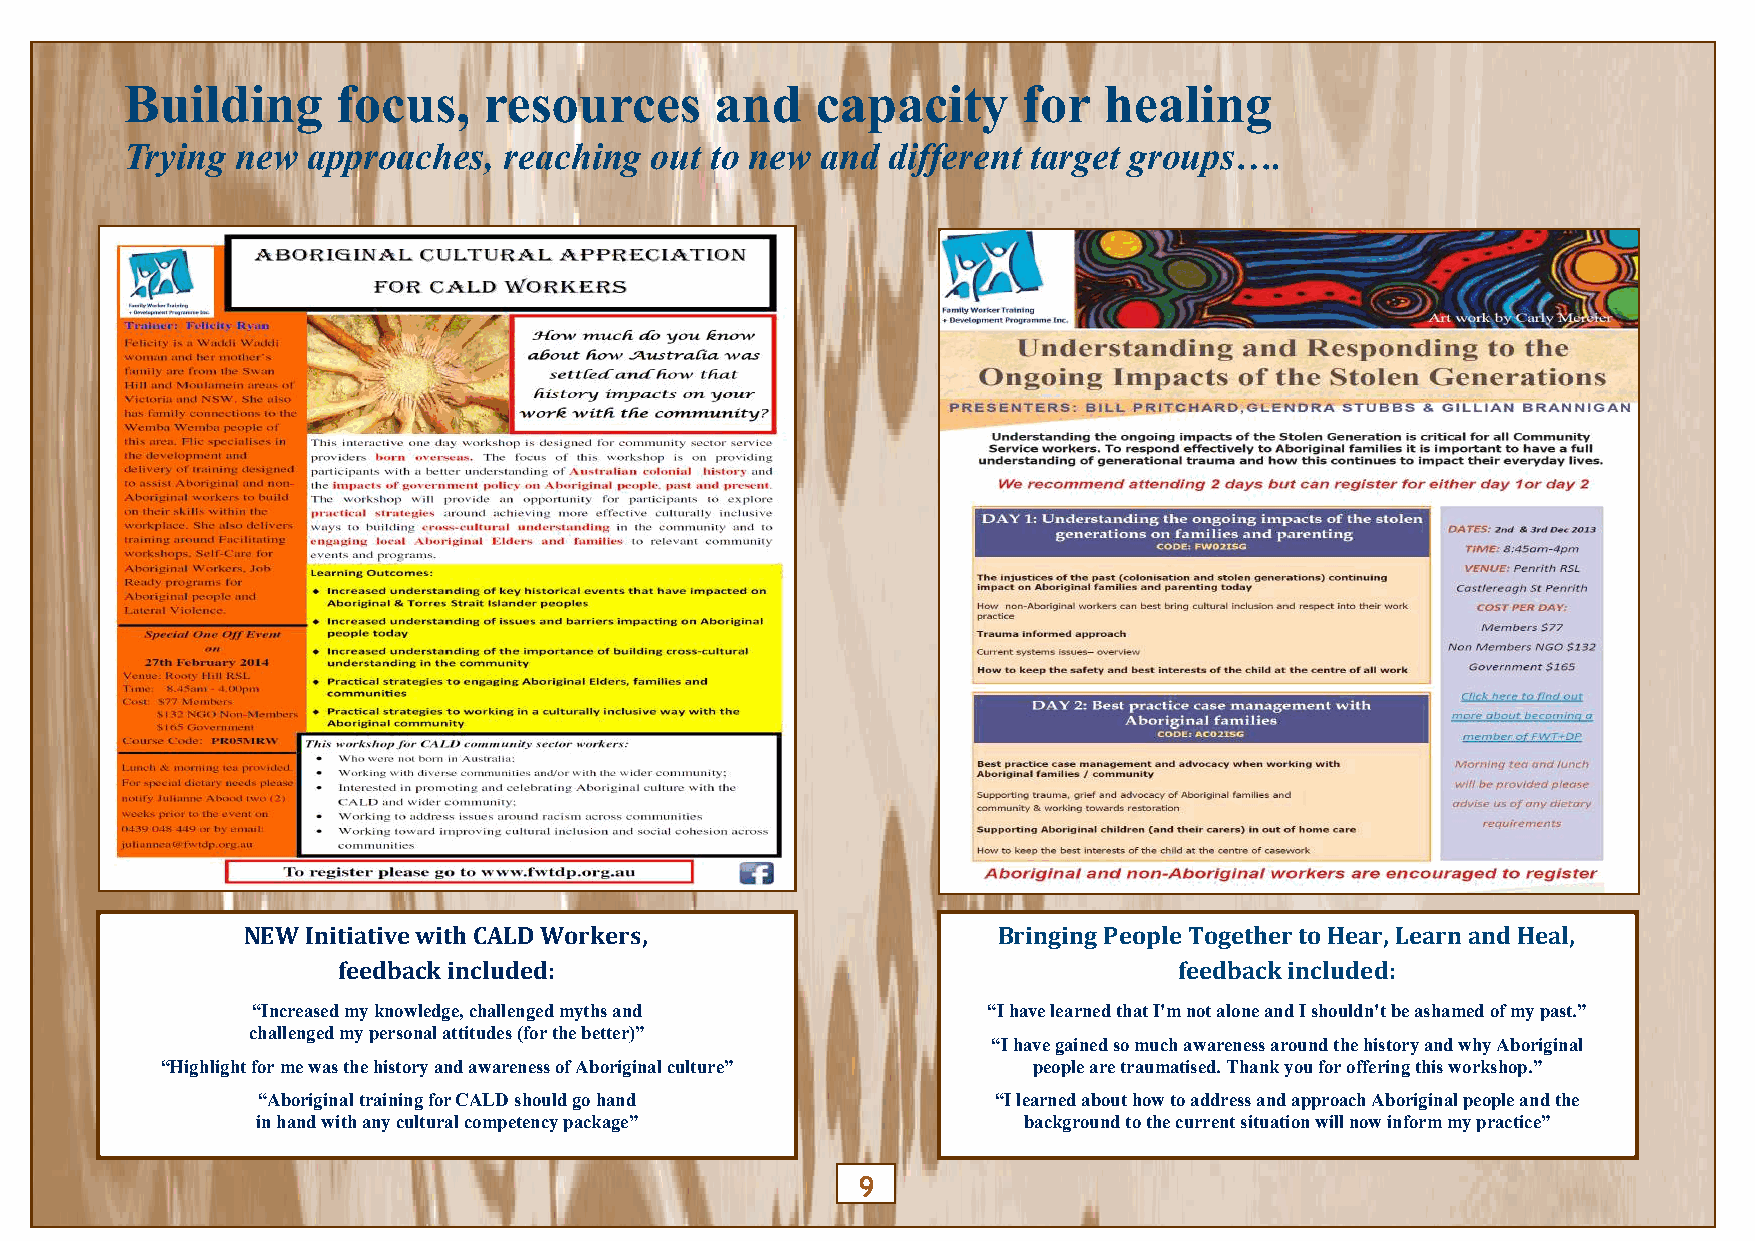
Building      focus,    resources      and    capacity      for  healing
 Trying  new approaches,  reaching  out to new and  different target groups….
 NEW Initiative with CALD Workers,                 Bringing People Together to Hear, Learn and Heal,
 feedback included:                                      feedback included:
 “Increased my knowledge, challenged myths and   “I have learned that I'm not alone and I shouldn't be ashamed of my past.”
 challenged my personal attitudes (for the better)”
 “I have gained so much awareness around the history and why Aboriginal
 “Highlight for me was the history and awareness of Aboriginal culture” people are traumatised. Thank you for offering this workshop.”
 “Aboriginal training for CALD should go hand     “I learned about how to address and approach Aboriginal people and the
 in hand with any cultural competency package”      background to the current situation will now inform my practice”
 9